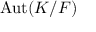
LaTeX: \operatorname { A u t } ( K / F )